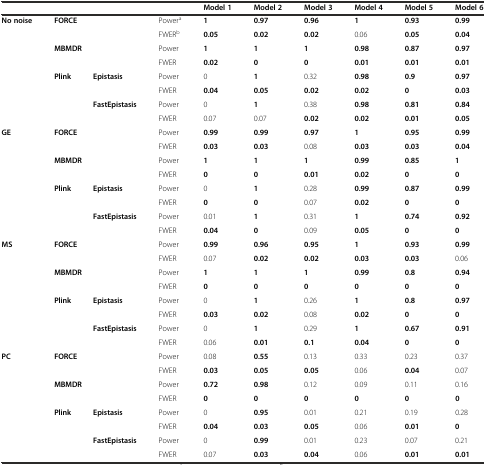
<table><thead><tr><td></td><td></td><td></td><td></td><td><b>Model 1</b></td><td><b>Model 2</b></td><td><b>Model 3</b></td><td><b>Model 4</b></td><td><b>Model 5</b></td><td><b>Model 6</b></td></tr></thead><tbody><tr><td rowspan="8"><b>No noise</b></td><td rowspan="2" colspan="2"><b>FORCE</b></td><td>Power<sup>a</sup></td><td><b>1</b></td><td><b>0.97</b></td><td><b>0.96</b></td><td><b>1</b></td><td><b>0.93</b></td><td><b>0.99</b></td></tr><tr><td>FWER<sup>b</sup></td><td><b>0.05</b></td><td><b>0.02</b></td><td><b>0.02</b></td><td>0.06</td><td><b>0.05</b></td><td><b>0.04</b></td></tr><tr><td rowspan="2" colspan="2"><b>MBMDR</b></td><td>Power</td><td><b>1</b></td><td><b>1</b></td><td><b>1</b></td><td><b>0.98</b></td><td><b>0.87</b></td><td><b>0.97</b></td></tr><tr><td>FWER</td><td><b>0.02</b></td><td><b>0</b></td><td><b>0</b></td><td><b>0.01</b></td><td><b>0.01</b></td><td><b>0.01</b></td></tr><tr><td rowspan="4"><b>Plink</b></td><td rowspan="2"><b>Epistasis</b></td><td>Power</td><td>0</td><td><b>1</b></td><td>0.32</td><td><b>0.98</b></td><td><b>0.9</b></td><td><b>0.97</b></td></tr><tr><td>FWER</td><td><b>0.04</b></td><td><b>0.05</b></td><td><b>0.02</b></td><td><b>0.02</b></td><td><b>0</b></td><td><b>0.03</b></td></tr><tr><td rowspan="2"><b>FastEpistasis</b></td><td>Power</td><td>0</td><td><b>1</b></td><td>0.38</td><td><b>0.98</b></td><td><b>0.81</b></td><td><b>0.84</b></td></tr><tr><td>FWER</td><td>0.07</td><td>0.07</td><td><b>0.02</b></td><td><b>0.02</b></td><td><b>0.01</b></td><td><b>0.05</b></td></tr><tr><td rowspan="8"><b>GE</b></td><td rowspan="2" colspan="2"><b>FORCE</b></td><td>Power</td><td><b>0.99</b></td><td><b>0.99</b></td><td><b>0.97</b></td><td><b>1</b></td><td><b>0.95</b></td><td><b>0.99</b></td></tr><tr><td>FWER</td><td><b>0.03</b></td><td><b>0.03</b></td><td>0.08</td><td><b>0.03</b></td><td><b>0.03</b></td><td><b>0.04</b></td></tr><tr><td rowspan="2" colspan="2"><b>MBMDR</b></td><td>Power</td><td><b>1</b></td><td><b>1</b></td><td><b>1</b></td><td><b>0.99</b></td><td><b>0.85</b></td><td><b>1</b></td></tr><tr><td>FWER</td><td><b>0</b></td><td><b>0</b></td><td><b>0.01</b></td><td><b>0.02</b></td><td><b>0</b></td><td><b>0</b></td></tr><tr><td rowspan="4"><b>Plink</b></td><td rowspan="2"><b>Epistasis</b></td><td>Power</td><td>0</td><td><b>1</b></td><td>0.28</td><td><b>0.99</b></td><td><b>0.87</b></td><td><b>0.99</b></td></tr><tr><td>FWER</td><td><b>0</b></td><td><b>0</b></td><td>0.07</td><td><b>0.02</b></td><td><b>0</b></td><td><b>0</b></td></tr><tr><td rowspan="2"><b>FastEpistasis</b></td><td>Power</td><td>0.01</td><td><b>1</b></td><td>0.31</td><td><b>1</b></td><td><b>0.74</b></td><td><b>0.92</b></td></tr><tr><td>FWER</td><td><b>0.04</b></td><td><b>0</b></td><td>0.09</td><td><b>0.05</b></td><td><b>0</b></td><td><b>0</b></td></tr><tr><td rowspan="8"><b>MS</b></td><td rowspan="2" colspan="2"><b>FORCE</b></td><td>Power</td><td><b>0.99</b></td><td><b>0.96</b></td><td><b>0.95</b></td><td><b>1</b></td><td><b>0.93</b></td><td><b>0.99</b></td></tr><tr><td>FWER</td><td>0.07</td><td><b>0.02</b></td><td><b>0.02</b></td><td><b>0.03</b></td><td><b>0.03</b></td><td>0.06</td></tr><tr><td rowspan="2" colspan="2"><b>MBMDR</b></td><td>Power</td><td><b>1</b></td><td><b>1</b></td><td><b>1</b></td><td><b>0.99</b></td><td><b>0.8</b></td><td><b>0.94</b></td></tr><tr><td>FWER</td><td><b>0</b></td><td><b>0</b></td><td><b>0</b></td><td><b>0</b></td><td><b>0</b></td><td><b>0</b></td></tr><tr><td rowspan="4"><b>Plink</b></td><td rowspan="2"><b>Epistasis</b></td><td>Power</td><td>0</td><td><b>1</b></td><td>0.26</td><td><b>1</b></td><td><b>0.8</b></td><td><b>0.97</b></td></tr><tr><td>FWER</td><td><b>0.03</b></td><td><b>0.02</b></td><td>0.08</td><td><b>0.02</b></td><td><b>0</b></td><td><b>0</b></td></tr><tr><td rowspan="2"><b>FastEpistasis</b></td><td>Power</td><td>0</td><td><b>1</b></td><td>0.29</td><td><b>1</b></td><td><b>0.67</b></td><td><b>0.91</b></td></tr><tr><td>FWER</td><td>0.06</td><td><b>0.01</b></td><td><b>0.1</b></td><td><b>0.04</b></td><td><b>0</b></td><td><b>0</b></td></tr><tr><td rowspan="8"><b>PC</b></td><td rowspan="2" colspan="2"><b>FORCE</b></td><td>Power</td><td>0.08</td><td><b>0.55</b></td><td>0.13</td><td>0.33</td><td>0.23</td><td>0.37</td></tr><tr><td>FWER</td><td><b>0.03</b></td><td><b>0.05</b></td><td><b>0.05</b></td><td>0.06</td><td><b>0.04</b></td><td>0.07</td></tr><tr><td rowspan="2" colspan="2"><b>MBMDR</b></td><td>Power</td><td><b>0.72</b></td><td><b>0.98</b></td><td>0.12</td><td>0.09</td><td>0.11</td><td>0.16</td></tr><tr><td>FWER</td><td><b>0</b></td><td><b>0</b></td><td><b>0</b></td><td><b>0</b></td><td><b>0</b></td><td><b>0</b></td></tr><tr><td rowspan="4"><b>Plink</b></td><td rowspan="2"><b>Epistasis</b></td><td>Power</td><td>0</td><td><b>0.95</b></td><td>0.01</td><td>0.21</td><td>0.19</td><td>0.28</td></tr><tr><td>FWER</td><td><b>0.04</b></td><td><b>0.03</b></td><td><b>0.05</b></td><td>0.06</td><td><b>0.01</b></td><td><b>0</b></td></tr><tr><td rowspan="2"><b>FastEpistasis</b></td><td>Power</td><td>0</td><td><b>0.99</b></td><td>0.01</td><td>0.23</td><td>0.07</td><td>0.21</td></tr><tr><td>FWER</td><td>0.07</td><td><b>0.03</b></td><td><b>0.04</b></td><td>0.06</td><td><b>0.01</b></td><td><b>0.01</b></td></tr></tbody></table>